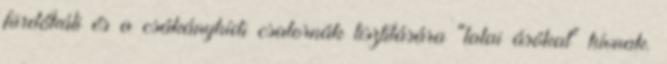
fürdőkúti és a csákányhídi csatornák tisztítására "tatai ásókat" hívnak.